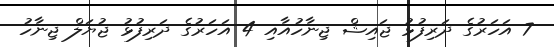
7 އަހަރުގެ ދަރިފުޅު ޖައިޝް ޖިނާހުއާއި 4 އަހަރުގެ ދަރިފުޅު ޖުޔަލް ޖިނާހު